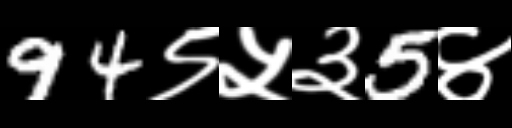
Text: 94९५३5४